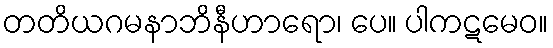
တတိယဂမနာဘိနီဟာရော၊ ပေ။ ပါကဋမေဝ။